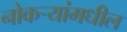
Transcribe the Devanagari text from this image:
नोकऱ्यांमधील